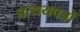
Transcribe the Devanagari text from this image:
प्रत्ययपत्रों